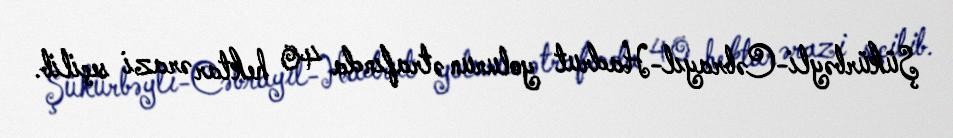
Şükürbəyli-Cəbrayıl-Hadrut yolunun ətrafında 40 hektar ərazi seçilib.